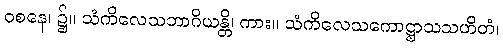
ဝစနေ၊ ၌။ သံကိလေသဘာဂိယန္တိ၊ ကား။ သံကိလေသကောဋ္ဌာသသဟိတံ၊